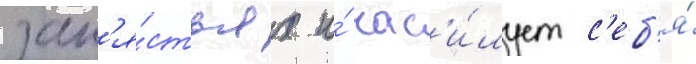
зап'я́стьях и́ нас'и́лует с'еб'я́